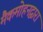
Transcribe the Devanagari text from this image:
मैकमोहनद्वारा